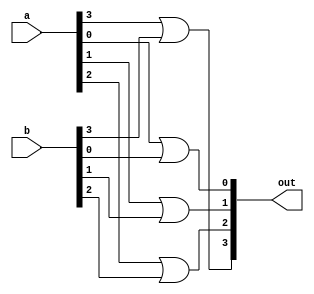
module four_or(a, b, out);

input [3:0]a;
input [3:0]b;
output [3:0]out;

or zero(out[0], a[0], b[0]);
or one(out[1], a[1], b[1]);
or two(out[2], a[2], b[2]);
or three(out[3], a[3], b[3]);

endmodule